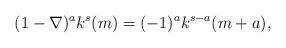
LaTeX: \begin{align*}(1-\nabla)^a k^{s}(m)=(-1)^{a}k^{s-a}(m+a),\end{align*}